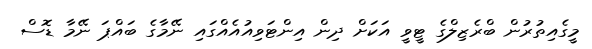
މީގެއިތުރުން ބްރެޒިލްގެ ޓީވީ އަކަށް ދިން އިންޓަވިއުއެއްގައި ނޭމާގެ ބައްޕަ ނޭމާ ޑޮސް